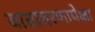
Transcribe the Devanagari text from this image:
वातावरणापेक्षा